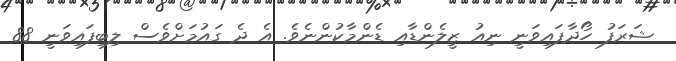
ޝަރަފު ހޯދާފައިވަނީ ނިއު ޒީލެންޑާއި ޑެންމާކުންނެވެ. އެ ދެ ގައުމަށްވެސް ލިބިފައިވަނީ 88